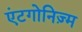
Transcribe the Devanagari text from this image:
एंटगोनिज़्म